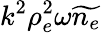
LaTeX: k^{2}\rho_{e}^{2}\omega\widetilde{n_{e}}